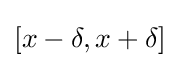
[x-\delta ,x+\delta ]